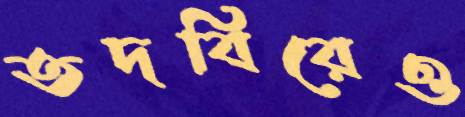
তদবিরেও